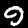
Digit: 9